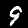
Digit: 9